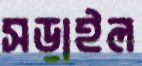
সড়াইল